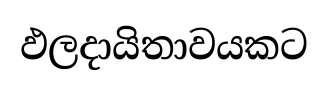
ඵලදායිතාවයකට